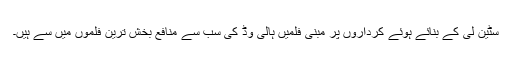
سٹین لی کے بنائے ہوئے کرداروں پر مبنی فلمیں ہالی وڈ کی سب سے منافع بخش ترین فلموں میں سے ہیں۔